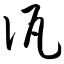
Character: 佤